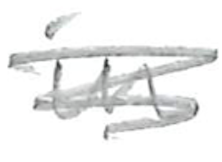
Text: in
Cross-out: scratch
Writing tool: pencil